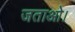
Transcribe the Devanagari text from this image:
जताओ।